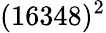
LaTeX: (16348)^{2}